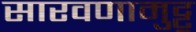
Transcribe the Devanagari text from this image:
सारवणामुट्टू